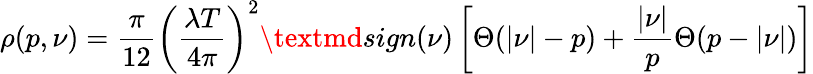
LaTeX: \rho(p,\nu)=\frac{\pi}{12}\left(\frac{\lambda T}{4\pi}\right)^{2}\textmd{sign}(\nu)\left[\Theta(|\nu|-p)+\frac{|\nu|}{p}\Theta(p-|\nu|)\right]